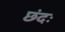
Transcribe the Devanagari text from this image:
छंदः